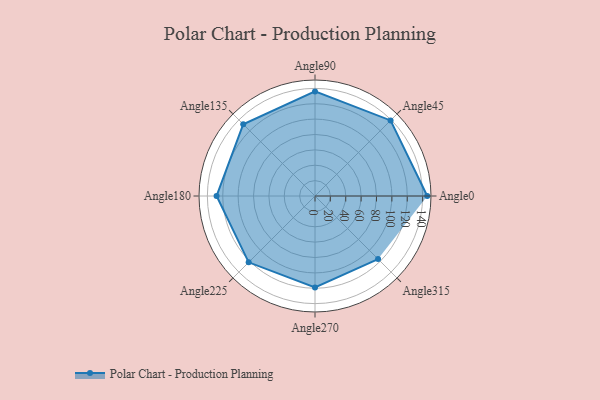
{"axis": {"x": "Angle", "y": "Radius"}, "legend": [""], "data": [{"x": "Angle0", "y": 146.0, "type": ""}, {"x": "Angle45", "y": 139.0, "type": ""}, {"x": "Angle90", "y": 136.0, "type": ""}, {"x": "Angle135", "y": 132.0, "type": ""}, {"x": "Angle180", "y": 128.0, "type": ""}, {"x": "Angle225", "y": 122.0, "type": ""}, {"x": "Angle270", "y": 119.0, "type": ""}, {"x": "Angle315", "y": 116.0, "type": ""}]}